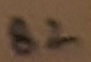
Text: B2